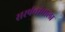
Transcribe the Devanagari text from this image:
सरपंचांचाला